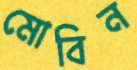
মোবিন